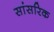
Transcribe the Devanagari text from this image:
सांसरिक